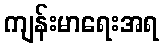
ကျန်းမာရေးအရ